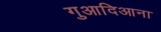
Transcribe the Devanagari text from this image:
गुआदिआना